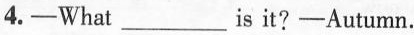
4.—What ___is it?-Autumn.